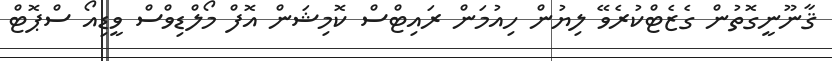
ޤާނޫނީގޮތުން ގެޒެޓްކުރެވޭ ލިޔުން ހިއުމަން ރައިޓްސް ކޮމިޝަން އޮފް މޯލްޑިވްސް ވީޑިއޯ ސްޕޮޓް